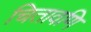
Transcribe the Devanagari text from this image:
चितावणि